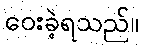
ဝေးခဲ့ရသည်။